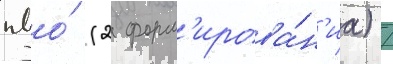
пво́ (2 форм'ирова́н'иа) /